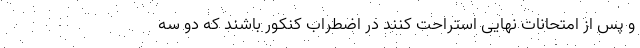
و پس از امتحانات نهایی استراحت کنند در اضطراب کنکور باشند که دو سه